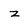
Character: z